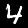
Digit: 4